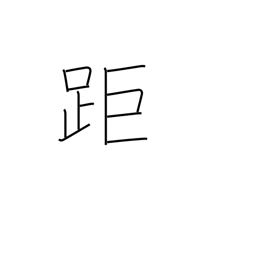
Meaning: long-distance